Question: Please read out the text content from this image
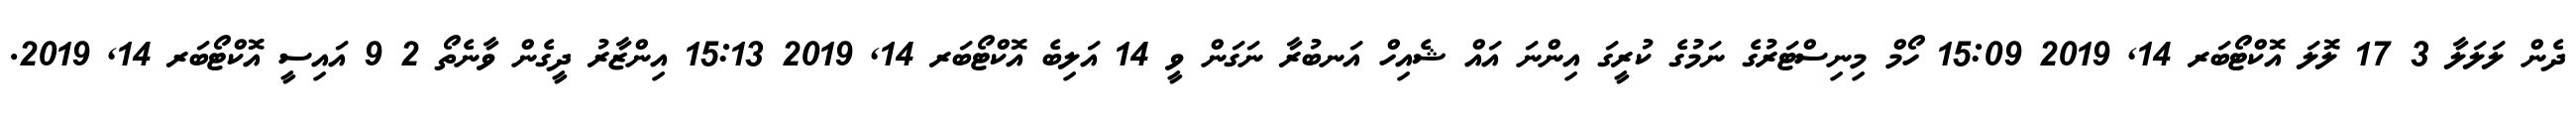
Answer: ދެން ލަލަލާ 3 17 ލޮލަ އޮކްޓޯބަރ 14, 2019 15:09 ހޯމް މިނިސްޓަރުގެ ނަމުގެ ކުރީގަ އިންނަ އައް ޝެއިހް އަނބުރާ ނަގަން ވީ 14 އަލިބެ އޮކްޓޯބަރ 14, 2019 15:13 އިންޒާރު ދީގެން ވާނެތޯ 2 9 އައިސީ އޮކްޓޯބަރ 14, 2019.